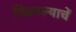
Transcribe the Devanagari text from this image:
मिळाल्याचें